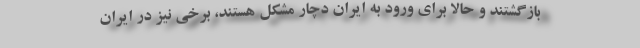
بازگشتند و حالا برای ورود به ایران دچار مشکل هستند، برخی نیز در ایران